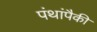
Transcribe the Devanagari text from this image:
पंथांपैकी